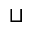
\sqcup